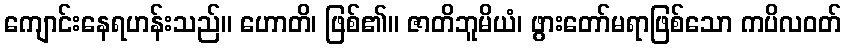
ကျောင်းနေရဟန်းသည်။ ဟောတိ၊ ဖြစ်၏။ ဇာတိဘူမိယံ၊ ဖွားတော်မရာဖြစ်သော ကပိလဝတ်